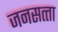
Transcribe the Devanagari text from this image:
जनसत्‍ता